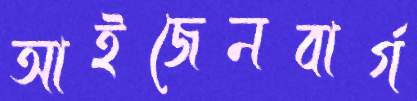
আইজেনবার্গ